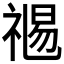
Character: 𥚯